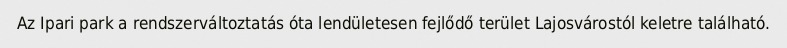
Az Ipari park a rendszerváltoztatás óta lendületesen fejlődő terület Lajosvárostól keletre található.